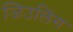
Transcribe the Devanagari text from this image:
जिउलिंग